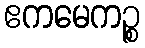
ဧကမေကဉ္စ